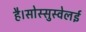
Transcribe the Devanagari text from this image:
है।सोस्सुस्वेलई